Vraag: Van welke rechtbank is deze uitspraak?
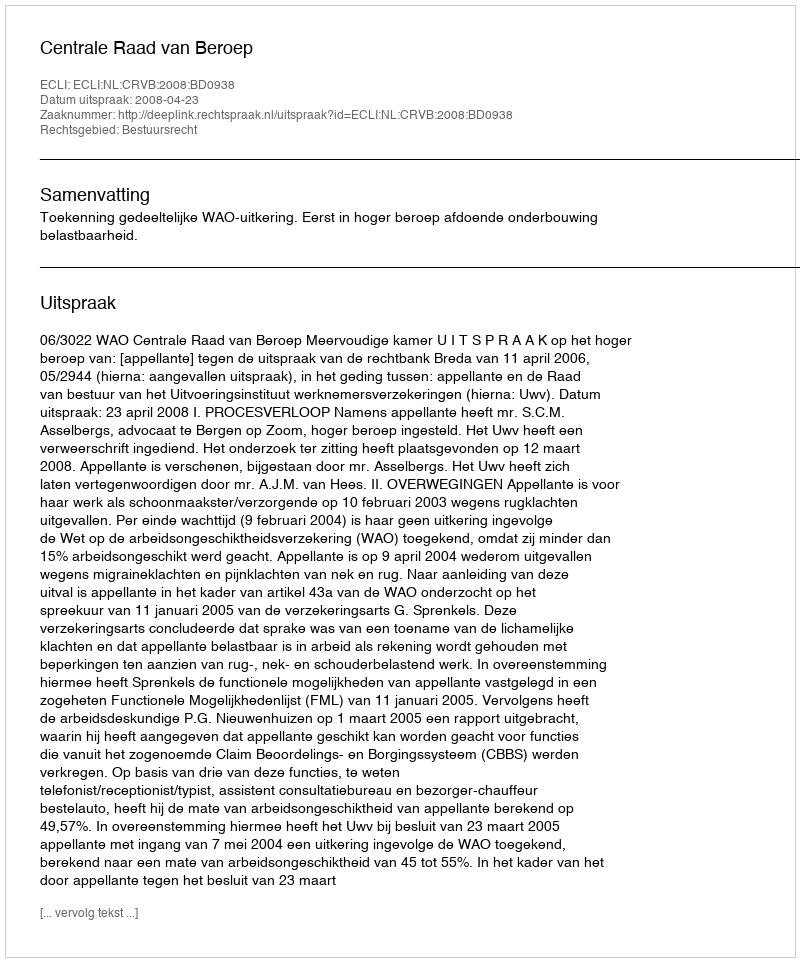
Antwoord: Centrale Raad van Beroep